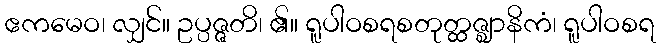
ဧကမေဝ၊ လျှင်။ ဥပ္ပဇ္ဇတိ၊ ၏။ ရူပါဝစရစတုတ္ထဇ္ဈာနိကံ၊ ရူပါဝစရ